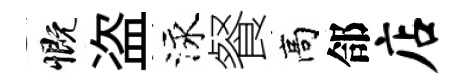
慨盗泳餐高郃店